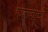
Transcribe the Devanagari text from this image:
फलनकों